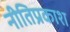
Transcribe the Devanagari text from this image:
नीतिप्रकाश